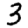
Digit: 3